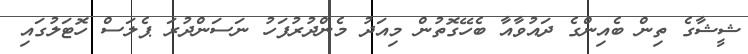
ޝީޝާގެ ތިން ބެއިންގެ ދައުވާއާ ބެހޭގޮތުން މިއަދު މެންދުރުފަހު ނަސަންދުރަ ޕެލަސް ހޮޓަލުގައި